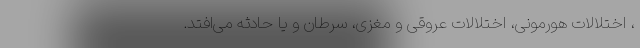
، اختلالات هورمونی، اختلالات عروقی و مغزی، سرطان و یا حادثه می‌افتد.